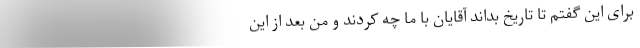
برای این گفتم تا تاریخ بداند آقایان با ما چه کردند و من بعد از این